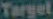
Target